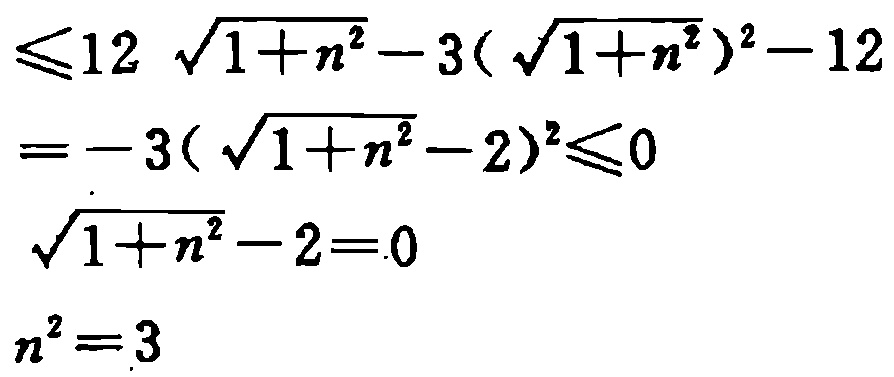
A. \(b = 3,ac = 9\)

B. \(b = - 3,ac = 9\)

C. \(b = 3,ac = - 9\)

D. \(b = - 3,ac = - 9\)